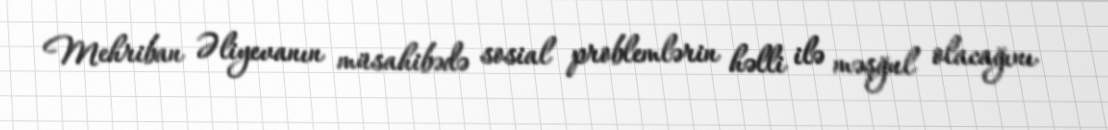
Mehriban Əliyevanın müsahibədə sosial problemlərin həlli ilə məşğul olacağını